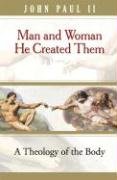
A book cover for Man and Woman He Created Them: A Theology Of The Body; John Paul II; Christian Books & Bibles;